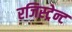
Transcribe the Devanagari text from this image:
रजिस्ट्रेन्ट